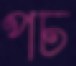
পচ